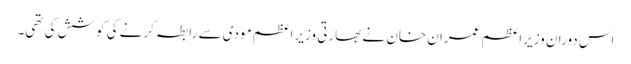
اس دوران وزیراعظم عمران خان نے بھارتی وزیراعظم مودی سے رابطہ کرنے کی کوشش کی تھی۔